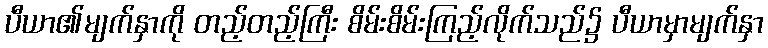
ပီယာ၏မျက်နှာကို တည့်တည့်ကြီး စိမ်းစိမ်းကြည့်လိုက်သည်၌ ပီယာမှာမျက်နှာ